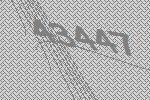
43447